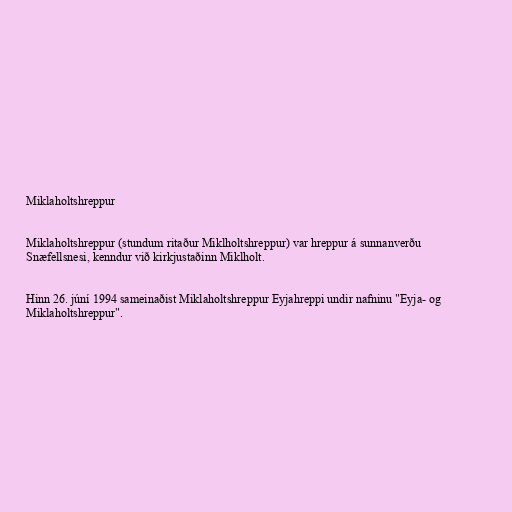
Miklaholtshreppur

Miklaholtshreppur (stundum ritaður Miklholtshreppur) var hreppur á sunnanverðu
Snæfellsnesi, kenndur við kirkjustaðinn Miklholt.

Hinn 26. júní 1994 sameinaðist Miklaholtshreppur Eyjahreppi undir nafninu "Eyja- og
Miklaholtshreppur".